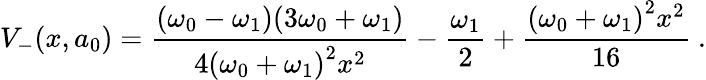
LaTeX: V_{-}(x,a_{0})=\frac{(\omega_{0}-\omega_{1})(3\omega_{0}+\omega_{1})}{4{(\omega_{0}+\omega_{1})}^{2}x^{2}}-\frac{\omega_{1}}{2}+\frac{{(\omega_{0}+\omega_{1})}^{2}x^{2}}{16}~.